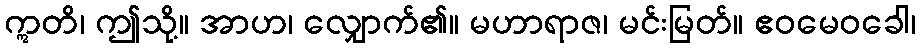
ဣတိ၊ ဤသို့။ အာဟ၊ လျှောက်၏။ မဟာရာဇ၊ မင်းမြတ်။ ဧဝမေဝခေါ၊